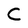
Character: C